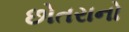
છોતરાનો